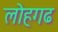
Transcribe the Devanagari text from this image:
लोहगढ